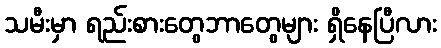
သမီးမှာ ရည်းစားတွေဘာတွေများ ရှိနေပြီလား